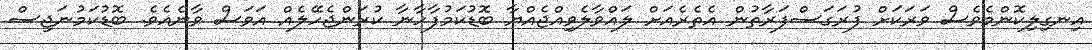
އިނގިލިކޮންމެވެސް ވަރަކަށް ފުރަގަސްފަރާތުން އެތެރެއަށް ލައްވާލެވިއްޖެއްޔާ ބޮޑުކަމުފާހާނާ ކުރަންޖެހޭލެއް އަވަސް ވާނެއެވެ. ބޮޑުކަމުނަޖިސް